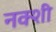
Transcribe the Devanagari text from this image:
नक्शी